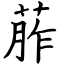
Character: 葄